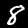
Digit: 8